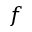
f